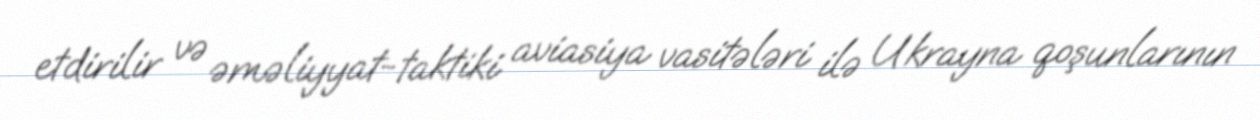
etdirilir və əməliyyat-taktiki aviasiya vasitələri ilə Ukrayna qoşunlarının